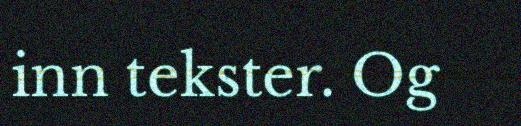
inn tekster. Og